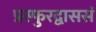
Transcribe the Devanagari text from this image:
प्रस्फुरद्वाससं